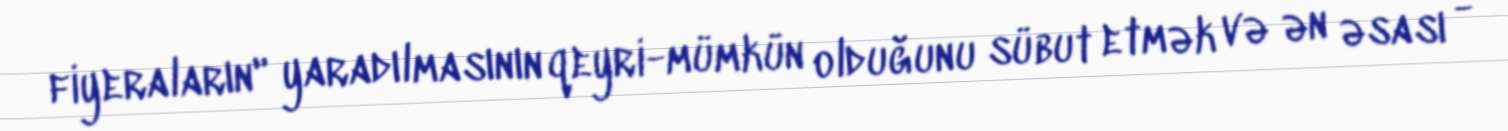
fiyeraların" yaradılmasının qeyri-mümkün olduğunu sübut etmək və ən əsası -